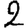
Digit: 2